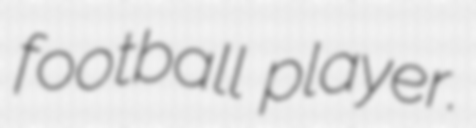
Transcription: football player.